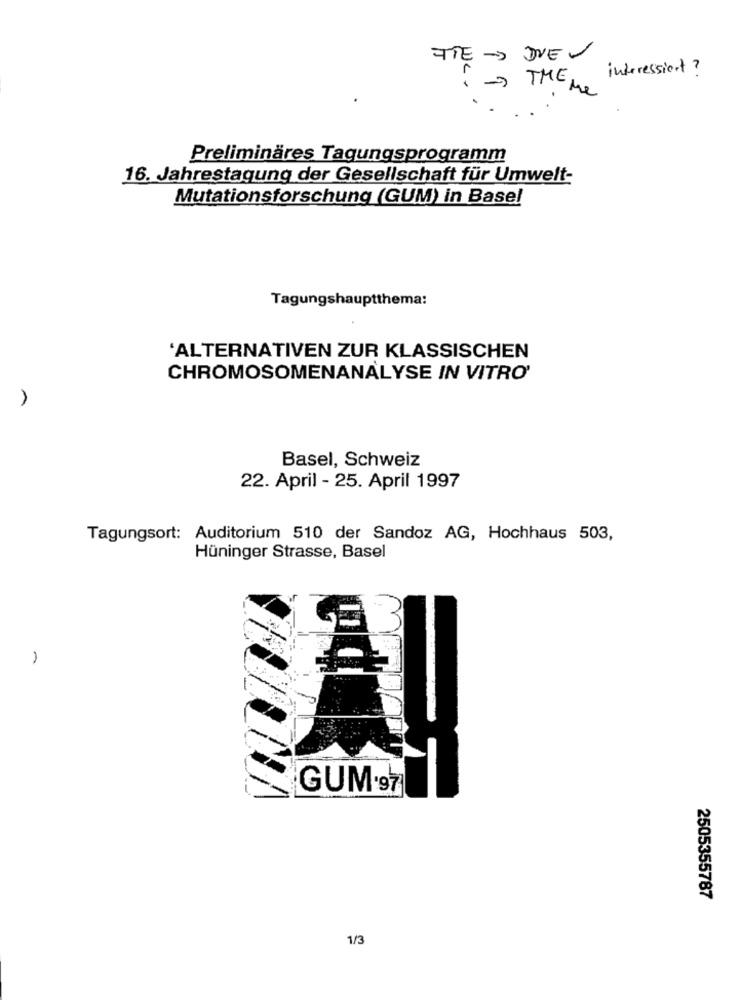
TTE - DUE
interessiert ?
-> THE Me
Preliminares Tagungsprogramm
16. Jahrestagung der Gesellschaft für Umwelt-
Mutationsforschung (GUM) in Basel
Tagungshauptthema:
'ALTERNATIVEN ZUR KLASSISCHEN
CHROMOSOMENANALYSE IN VITRO'
Basel, Schweiz
22. April - 25. April 1997
Tagungsort: Auditorium 510 der Sandoz AG, Hochhaus 503,
Hüninger Strasse, Basel
GUM·97
2505355787
1/3